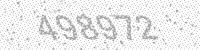
Solution: 498972